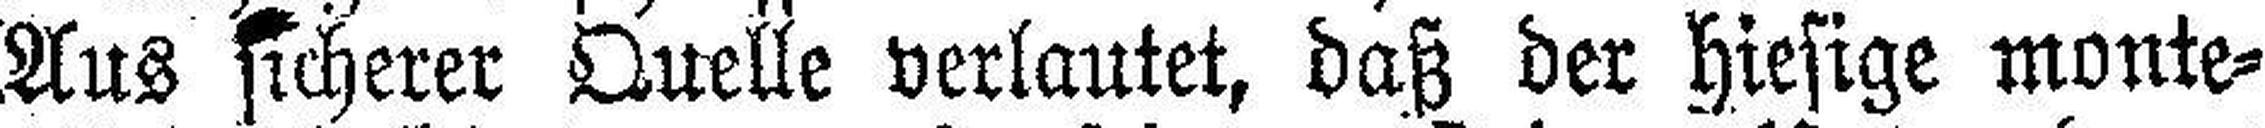
Aus sicherer Quelle verlautet, daß der hiesige monte¬